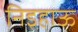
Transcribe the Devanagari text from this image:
निइहाऊ